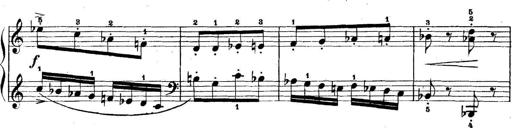
Title: 5 Sonatinas
Composer: Theodor Kirchner